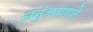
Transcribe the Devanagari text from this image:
अनुकरणाने